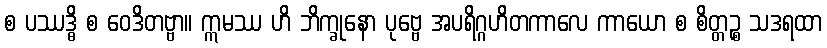
စ ပဿဒ္ဓိ စ ဝေဒိတဗ္ဗာ။ ဣမဿ ဟိ ဘိက္ခုနော ပုဗ္ဗေ အပရိဂ္ဂဟိတကာလေ ကာယော စ စိတ္တဉ္စ သဒရထာ